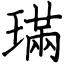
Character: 璊